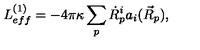
L _ { e f f } ^ { ( 1 ) } = - 4 \pi \kappa \sum _ { p } \dot { R } _ { p } ^ { i } a _ { i } ( \vec { R } _ { p } ) ,